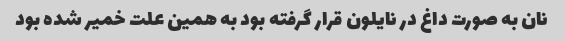
نان به صورت داغ در نایلون قرار گرفته بود به همین علت خمیر شده بود